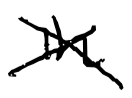
Text: in
Cross-out: cross
Writing tool: digital_black